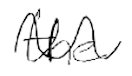
Text: the
Cross-out: wave
Writing tool: digital_black